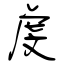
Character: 虔